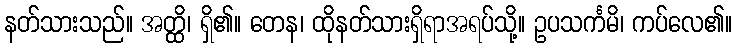
နတ်သားသည်။ အတ္ထိ၊ ရှိ၏။ တေန၊ ထိုနတ်သားရှိရာအရပ်သို့။ ဥပသင်္ကမိ၊ ကပ်လေ၏။